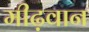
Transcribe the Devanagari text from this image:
मीढ़वान